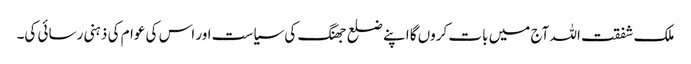
ملک شفقت اللہ آج میں بات کروں گا اپنے ضلع جھنگ کی سیاست اور اس کی عوام کی ذہنی رسائی کی۔